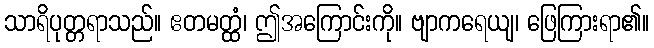
သာရိပုတ္တရာသည်။ ဧတမတ္ထံ၊ ဤအကြောင်းကို။ ဗျာကရေယျ၊ ဖြေကြားရာ၏။